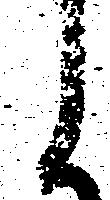
候